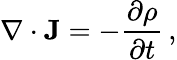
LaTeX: \nabla\cdot\mathbf{J}=-{\frac{\partial\rho}{\partial t}}\, ,